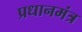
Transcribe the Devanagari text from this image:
प्रधानमंत्र